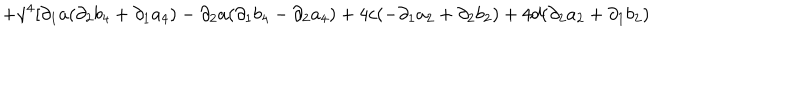
+ \gamma ^ { 4 } [ \partial _ { 1 } a ( \partial _ { 2 } b _ { 4 } + \partial _ { 1 } a _ { 4 } ) - \partial _ { 2 } a ( \partial _ { 1 } b _ { 4 } - \partial _ { 2 } a _ { 4 } ) + 4 c ( - \partial _ { 1 } a _ { 2 } + \partial _ { 2 } b _ { 2 } ) + 4 d ( \partial _ { 2 } a _ { 2 } + \partial _ { 1 } b _ { 2 } )